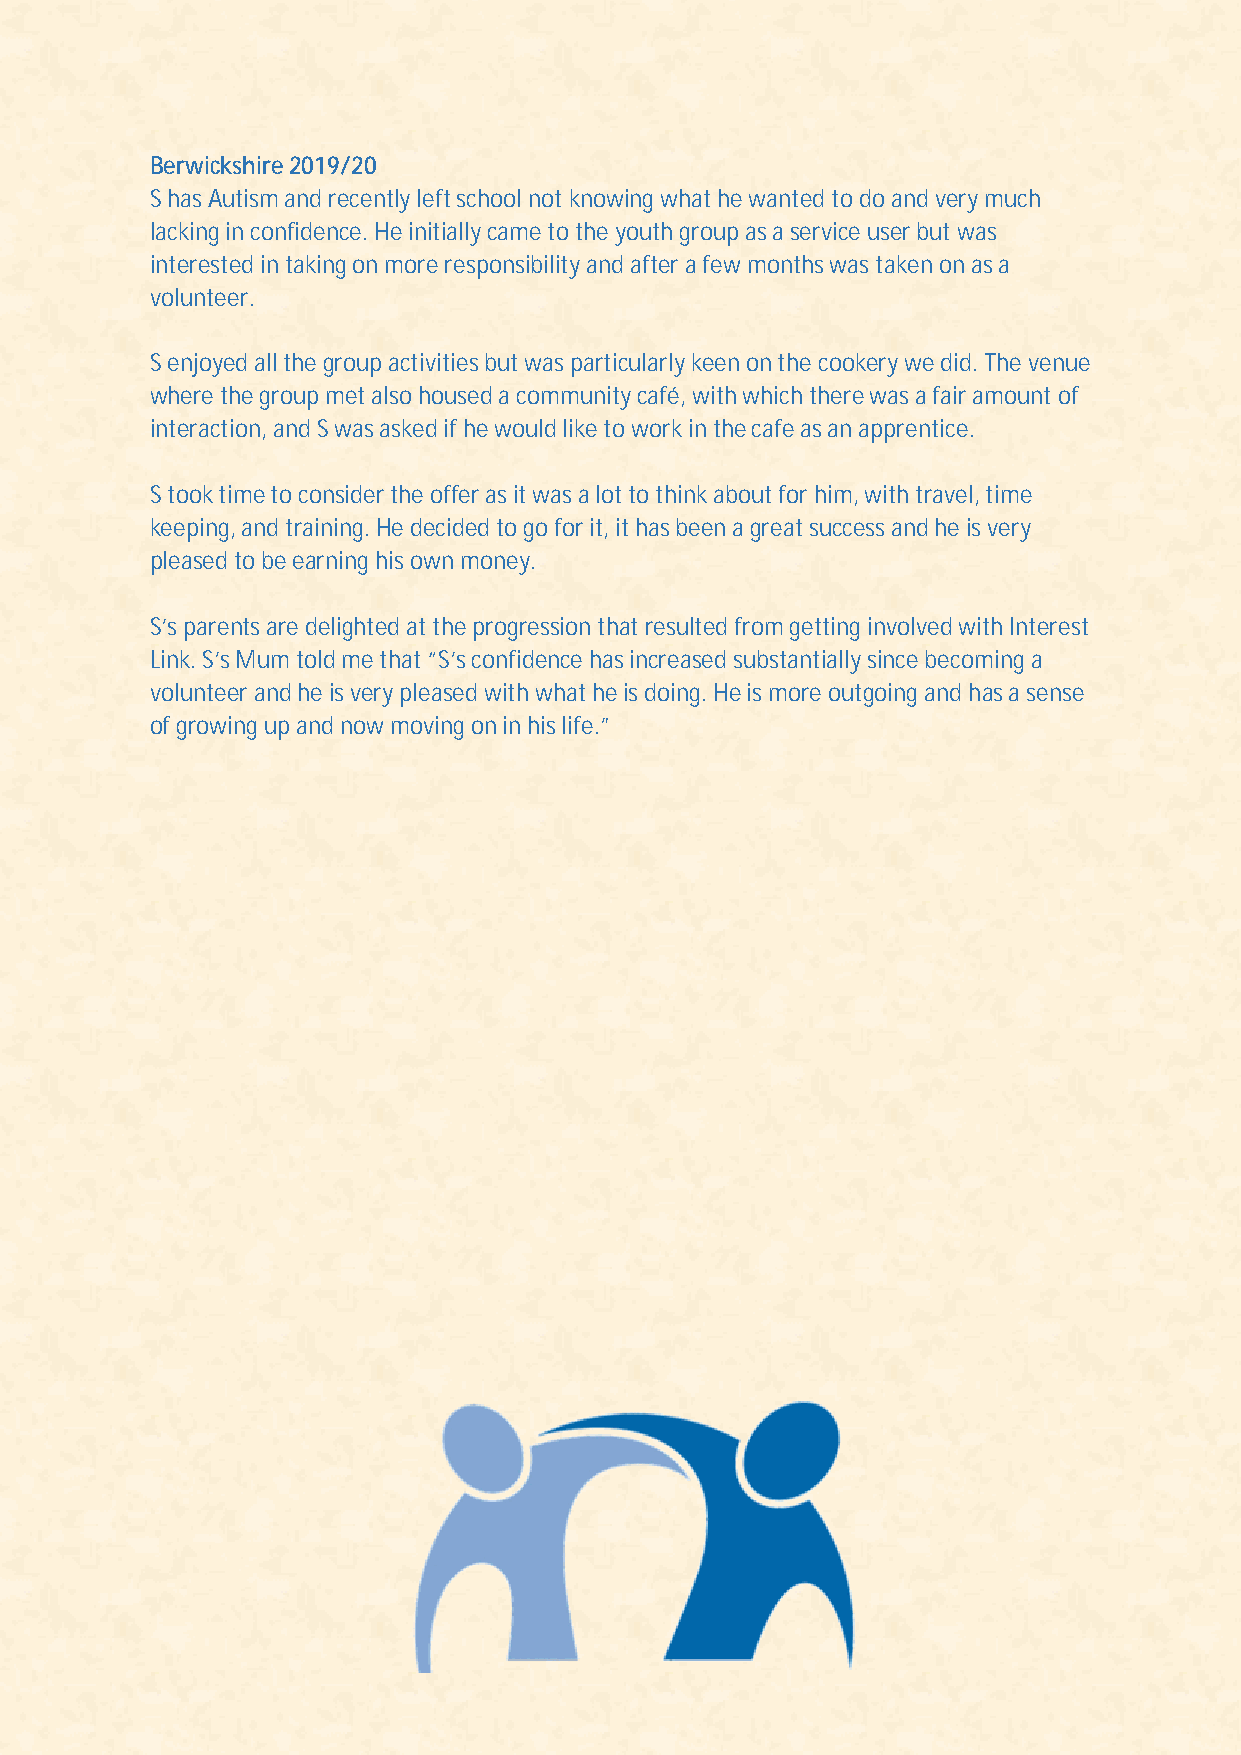
Berwickshire 2019/20
 S has Autism and recently left school not knowing what he wanted to do and very much
 lacking in confidence. He initially came to the youth group as a service user but was
 interested in taking on more responsibility and after a few months was taken on as a
 volunteer.
 S enjoyed all the group activities but was particularly keen on the cookery we did. The venue
 where the group met also housed a community café, with which there was a fair amount of
 interaction, and S was asked if he would like to work in the cafe as an apprentice.
 S took time to consider the offer as it was a lot to think about for him, with travel, time
 keeping, and training. He decided to go for it, it has been a great success and he is very
 pleased to be earning his own money.
 S’s parents are delighted at the progression that resulted from getting involved with Interest
 Link. S’s Mum told me that “S’s confidence has increased substantially since becoming a
 volunteer and he is very pleased with what he is doing. He is more outgoing and has a sense
 of growing up and now moving on in his life.”